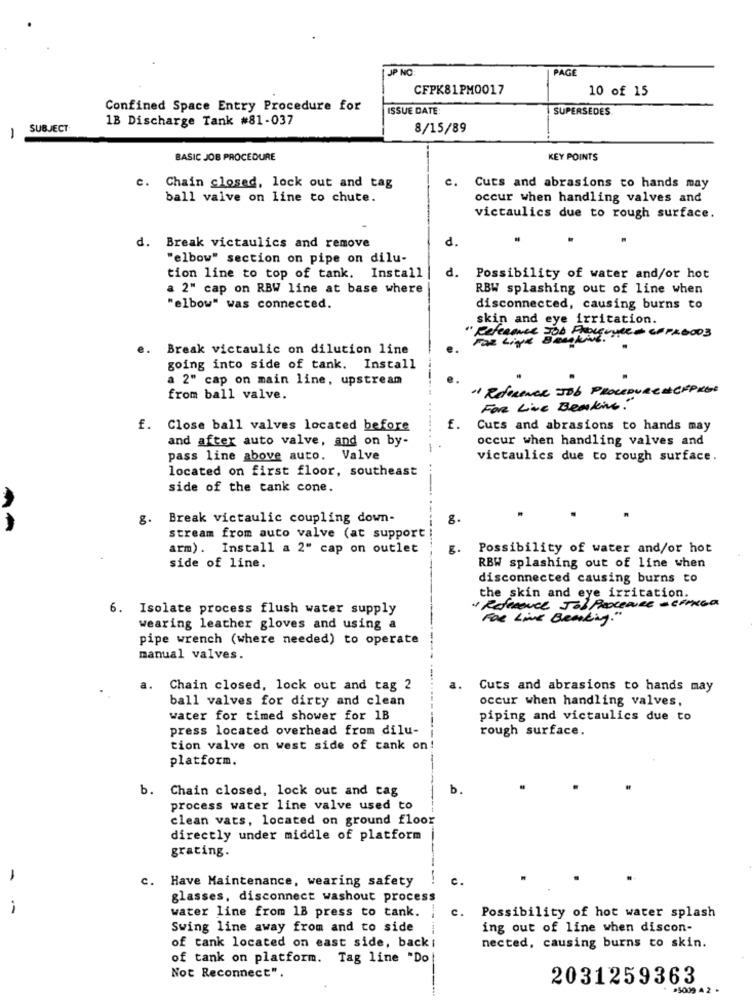
JP NO
PAGE
CFPK81PM0017
10 of 15
Confined Space Entry Procedure for
ISSUE DATE:
SUPERSÉDES
1B Discharge Tank #81-037
SUBJECT
8/15/89
-
BASIC JOB PROCEDURE
KEY POINTS
c.
Chain closed, lock out and tag
c. Cuts and abrasions to hands may
ball valve on line to chute.
occur when handling valves and
victaulics due to rough surface.
d.
Break victaulics and remove
"elbow" section on pipe on dilu-
tion line to top of tank. Install
d. Possibility of water and/or hot
a 2" cap on RBW line at base where
RBW splashing out of line when
"elbow" was connected.
disconnected, causing burns to
skin and eye irritation.
Reference TO0 Proccuvee CFPKB003
e. Break victaulic on dilution line
going into side of tank. Install
a 2" cap on main line, upstream
" Reference Job PROCEDURE # CPPKES
from ball valve.
For Live Beaking."
f. Close ball valves located before
£.
Cuts and abrasions to hands may
and after auto valve, and on by-
occur when handling valves and
pass line above auto. Valve
victaulics due to rough surface.
located on first floor, southeast
side of the tank cone.
8.
Break victaulic coupling down-
8.
stream from auto valve (at support
arm). Install a 2" cap on outlet
5.
Possibility of water and/or hot
side of line.
RBW splashing out of line when
disconnected causing burns to
the skin and eye irritation.
6. Isolate process flush water supply
1 REFERENCE Job PROCEDURE - CARGA
FOR Live Breaking."
wearing leather gloves and using a
pipe wrench (where needed) to operate
manual valves.
a.
Chain closed, lock out and tag 2
Cuts and abrasions to hands may
ball valves for dirty and clean
occur when handling valves,
water for timed shower for 1B
piping and victaulics due to
press located overhead from dilu-
rough surface.
tion valve on west side of tank on
platform.
b. Chain closed, lock out and tag
b.
process water line valve used to
clean vats, located on ground floor
directly under middle of platform
grating.
c. Have Maintenance, wearing safety
C.
glasses, disconnect washout process
-
water line from 18 press to tank.
C.
Possibility of hot water splash
Swing line away from and to side
ing out of line when discon-
nected, causing burns to skin.
of tank located on east side, back ;
of tank on platform. Tag line "Do
Not Reconnect".
2031259363
5009 4 2